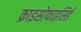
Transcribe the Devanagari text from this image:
क्राइसोफाइसिई